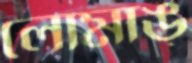
লোমাঙ্